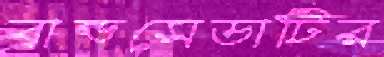
ব্রান্ডসেডাটির